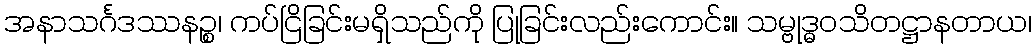
အနာသင်္ဂဒဿနဉ္စ၊ ကပ်ငြိခြင်းမရှိသည်ကို ပြုခြင်းလည်းကောင်း။ သမ္ဗုဒ္ဓဝသိတဋ္ဌာနတာယ၊